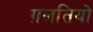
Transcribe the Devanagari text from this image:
ग़लतियो